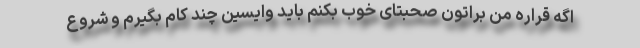
اگه قراره من براتون صحبتای خوب بکنم باید وایسین چند کام بگیرم و شروع